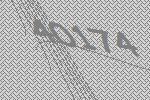
40174